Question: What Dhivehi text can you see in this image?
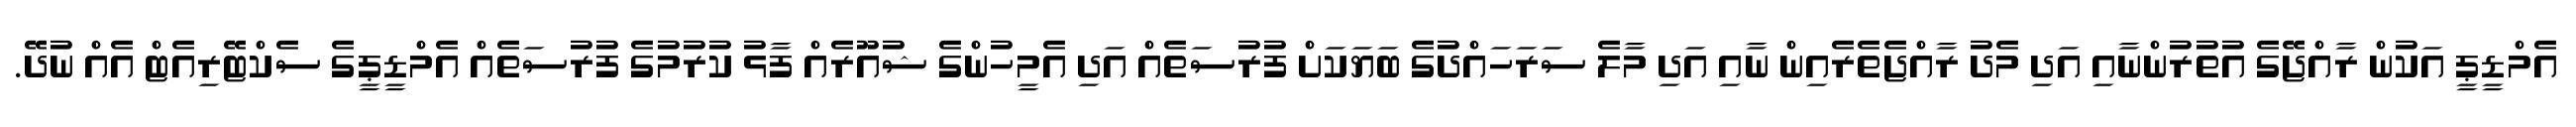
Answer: އެމްޑީޕީ އަކުން ރާއްޖޭގެ އުތުރުންނާއި އަދި މެދު ރާއްޖެތެރެއިން ނާއި އަދި މާލެ ސަރަހައްދުގެ ބަޔަކަށް ފުރުސަތެއް އަދި އެމީހުންގެ ޝުއޫރެއް ފާޅު ކުރުމުގެ ފުރުސަތެއް އެމްޑީޕީގެ ސެކްޓޭރިއެޓް އެއް ނުދޭ.